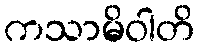
ကသာမိဝါတိ